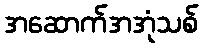
အဆောက်အအုံသစ်